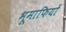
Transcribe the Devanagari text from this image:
भूमाफियों